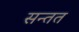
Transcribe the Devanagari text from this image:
सन्तत